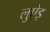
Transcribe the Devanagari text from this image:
लुऐइ